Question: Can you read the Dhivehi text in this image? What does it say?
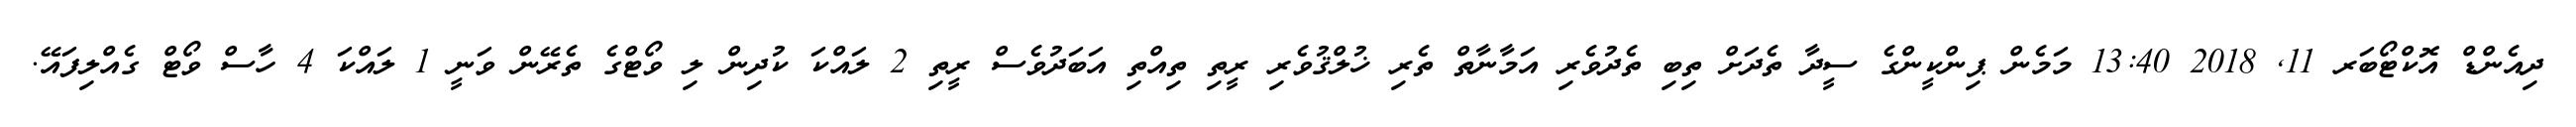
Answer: ދިއެންޑް އޮކްޓޯބަރ 11, 2018 13:40 މަމެން ޕިންކީންގެ ސީދާ ތެދަށް ތިބި ތެދުވެރި އަމާނާތް ތެރި ޚުލްޤުވެރި ރީތި ތިއްތި އަބަދުވެސް ރީތި 2 ލައްކަ ކުދިން ލި ވޯޓްގެ ތެރޭން ވަނީ 1 ލައްކަ 4 ހާސް ވޯޓް ގެއްލިފައޭ.